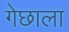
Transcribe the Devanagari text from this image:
गेछाला